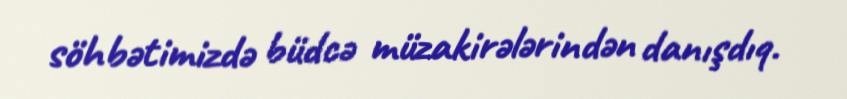
söhbətimizdə büdcə müzakirələrindən danışdıq.